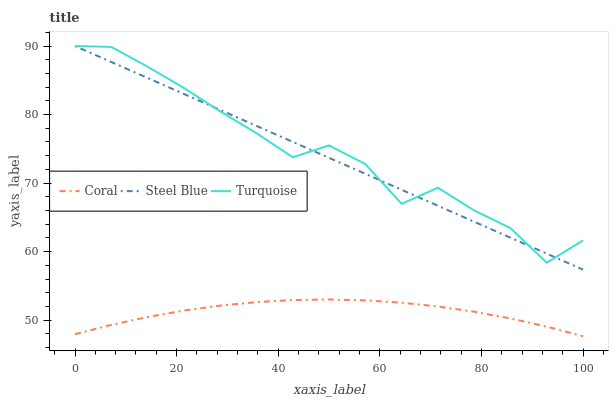
| xaxis_label | Coral | Steel Blue | Turquoise |
 | --- | --- | --- | --- |
 | 0 | 47.9 | 90 | 90 |
 | 7.14 | 49.3 | 87.7 | 89.9 |
 | 14.3 | 50.5 | 85.3 | 87 |
 | 21.4 | 51.4 | 83 | 83.9 |
 | 28.6 | 52.1 | 80.7 | 80.5 |
 | 35.7 | 52.6 | 78.3 | 77.3 |
 | 42.9 | 52.9 | 76 | 73.8 |
 | 50 | 53 | 73.7 | 75.5 |
 | 57.1 | 52.9 | 71.3 | 72.8 |
 | 64.3 | 52.5 | 69 | 67 |
 | 71.4 | 52 | 66.7 | 69.3 |
 | 78.6 | 51.2 | 64.4 | 66 |
 | 85.7 | 50.2 | 62 | 63.4 |
 | 92.9 | 49.1 | 59.7 | 58.4 |
 | 100 | 47.6 | 57.4 | 61.6 |